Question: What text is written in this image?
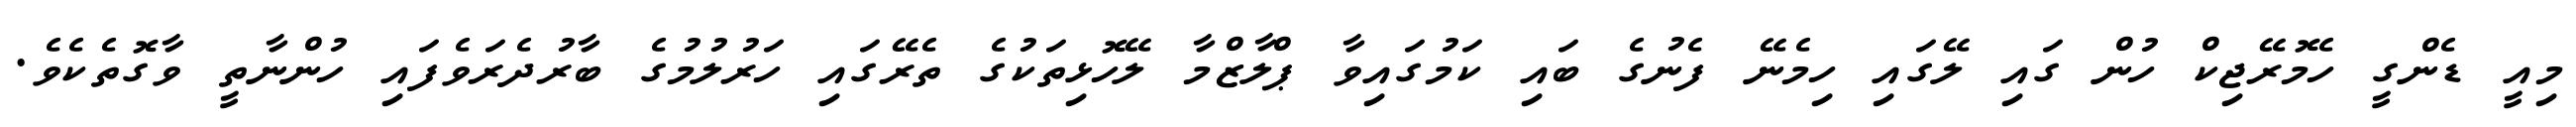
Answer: މިއީ ޑެންގީ ހެމޮރޭޖިކް ހުން ގައި ލޭގައި ހިމެނޭ ފެނުގެ ބައި ކަމުގައިވާ ޕްލާޒްމާ ލޭހޮޅިތަކުގެ ތެރޭގައި ހަރުލުމުގެ ބާރުދެރަވެފައި ހުންނާތީ ވާގޮތެކެވެ.